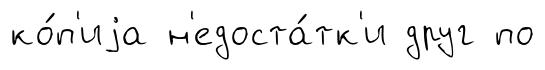
ко́п'иjа н'едоста́тк'и друг по